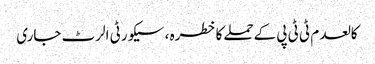
کالعدم ٹی ٹی پی کےحملےکاخطرہ ، سیکورٹی الرٹ جاری